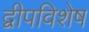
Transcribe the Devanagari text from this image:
द्वीपविशेष